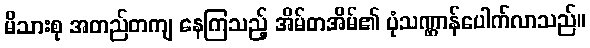
မိသားစု အတည်တကျ နေကြသည့် အိမ်တအိမ်၏ ပုံသဏ္ဌာန်ပေါက်လာသည်။